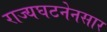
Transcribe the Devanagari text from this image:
राज्यघटनेनसार